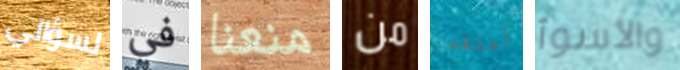
لسؤالي في منعنا من أعتقد والأسوأ